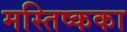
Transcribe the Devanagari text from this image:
मस्तिष्कका